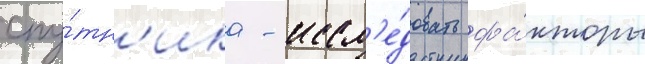
спу́тн'ика - иссл'е́довать фа́кторы